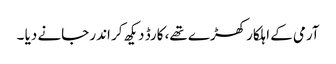
آرمی کے اہلکار کھڑے تھے، کارڈ دیکھ کر اندر جانے دیا ۔